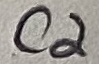
Text: C2